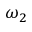
\omega _ { 2 }